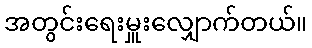
အတွင်းရေးမှူးလျှောက်တယ်။